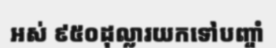
អស់ ៩៥០ដុល្លារយកទៅបញ្ចាំ